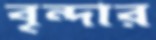
বৃন্দার